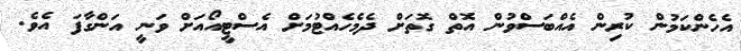
އެހެންކަމުން ކުރިން އެއްބަސްވުން އޮތް ގޮތަށް ދެމެހެއްޓުމަށް އެސްޓީއޯއަށް ވަނީ އަންގާފަ އެވެ.